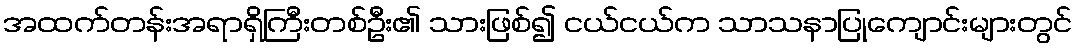
အထက်တန်းအရာရှိကြီးတစ်ဦး၏ သားဖြစ်၍ ငယ်ငယ်က သာသနာပြုကျောင်းများတွင်